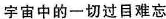
宇宙中的一切过目难忘